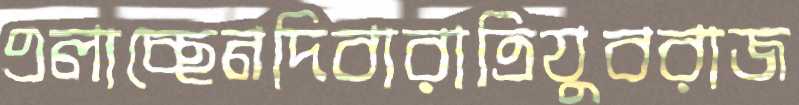
এলাচ্ছেনদিবারাত্রিযুবরাজ